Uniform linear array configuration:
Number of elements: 64
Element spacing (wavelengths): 0.25
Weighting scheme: hamming
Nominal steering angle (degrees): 45
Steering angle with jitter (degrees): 44.191
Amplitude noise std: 0.05
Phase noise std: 0.05

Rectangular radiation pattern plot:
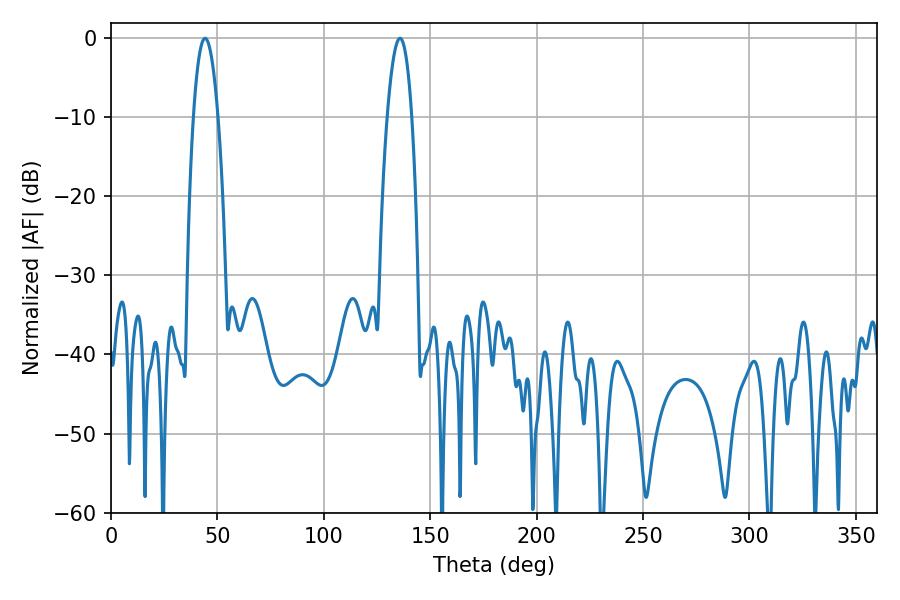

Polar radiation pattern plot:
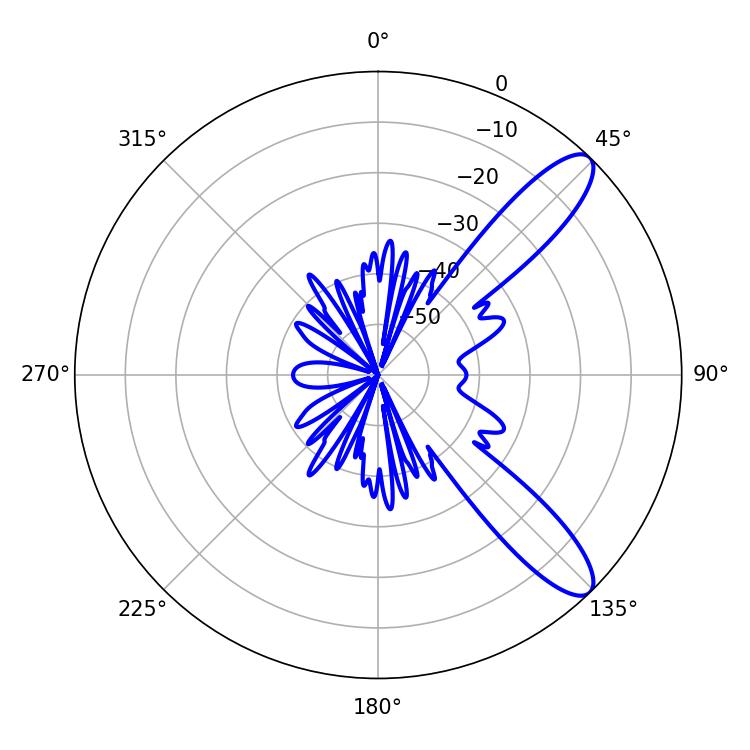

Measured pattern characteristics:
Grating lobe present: FALSE
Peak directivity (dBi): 10.762
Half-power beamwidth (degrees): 6.48
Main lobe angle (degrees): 44.28